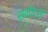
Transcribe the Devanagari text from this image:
स्कौट्स